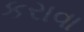
કરાવા